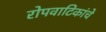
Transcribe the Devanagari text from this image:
रोपवाटिकांचे